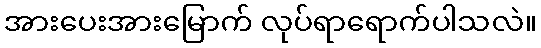
အားပေးအားမြောက် လုပ်ရာရောက်ပါသလဲ။